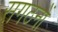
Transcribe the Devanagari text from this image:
सगठनों